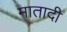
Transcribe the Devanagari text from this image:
मातादी